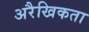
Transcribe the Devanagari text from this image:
अरैखिकता